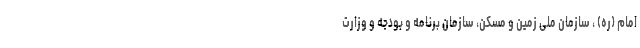
امام (ره) ، سازمان ملی زمین و مسکن، سازمان برنامه و بودجه و وزارت